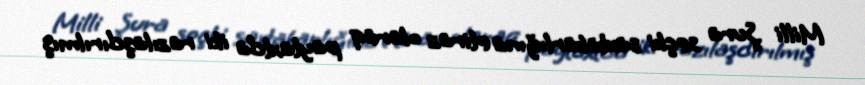
Milli Şura seçki saxtakarlığına etiraz olaraq paytaxtda iki razılaşdırılmış